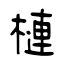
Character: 槤